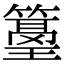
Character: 𥲓